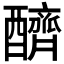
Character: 𨣧